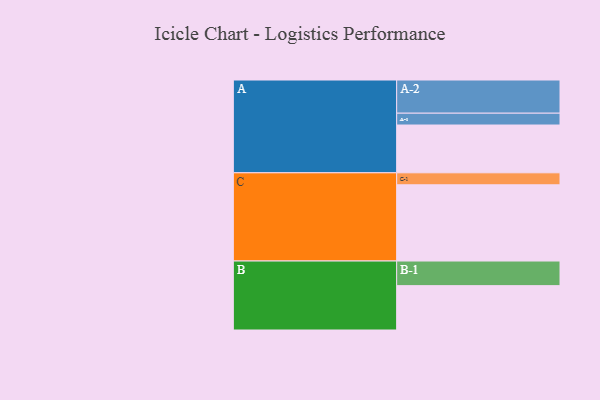
{"axis": {"x": "Segment", "y": "Value"}, "legend": ["", "A", "B", "C"], "data": [{"x": "A", "y": 363, "type": ""}, {"x": "B", "y": 337, "type": ""}, {"x": "C", "y": 579, "type": ""}, {"x": "A-1", "y": 90, "type": "A"}, {"x": "A-2", "y": 252, "type": "A"}, {"x": "B-1", "y": 187, "type": "B"}, {"x": "C-1", "y": 91, "type": "C"}]}